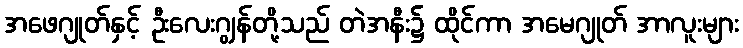
အဖေဂျုတ်နှင့် ဦးလေးဂျွန်တို့သည် တဲအနီး၌ ထိုင်ကာ အမေဂျုတ် အာလူးများ